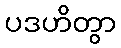
ပဒဟိတွာ